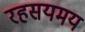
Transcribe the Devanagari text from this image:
रहसयमय